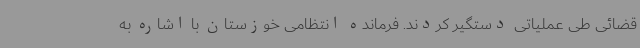
قضائی طی عملیاتی دستگیر کردند. فرمانده انتظامی خوزستان با اشاره به